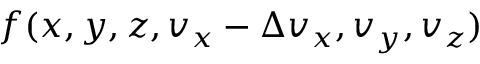
f ( x , y , z , v _ { x } - \Delta v _ { x } , v _ { y } , v _ { z } )